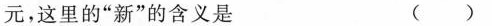
元，这里的”新”的含义是 ()